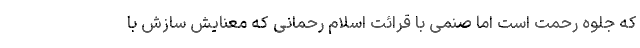
که جلوه رحمت است اما صنمی با قرائت اسلام رحمانی که معنایش سازش با